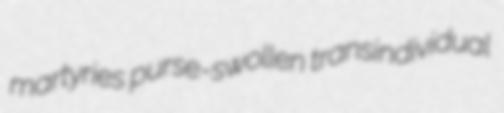
martyries purse-swollen transindividual